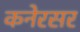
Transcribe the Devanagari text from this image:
कनेरसर